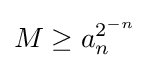
M\geq a_{n}^{2^{-n}}